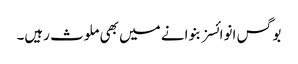
بوگس انوائسز بنوانے میں بھی ملوث رہیں۔